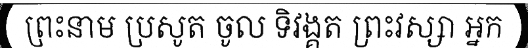
ព្រះនាម ប្រសូត ចូល ទិវង្គត ព្រះវស្សា អ្នក